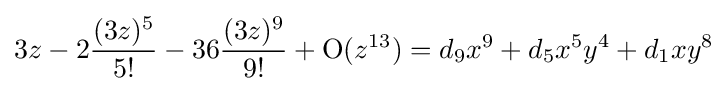
3z-2{\frac {(3z)^{5}}{5!}}-36{\frac {(3z)^{9}}{9!}}+\operatorname {O} (z^{13})=d_{9}x^{9}+d_{5}x^{5}y^{4}+d_{1}xy^{8}